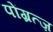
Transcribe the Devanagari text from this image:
पोंग्रत्ज़